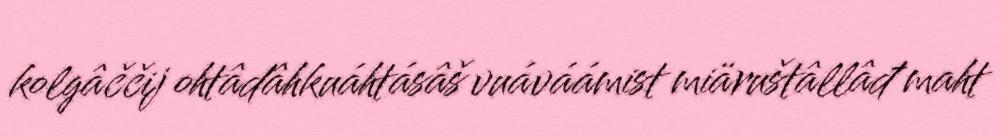
kolgâččij ohtâdâhkuáhtásâš vuáváámist miäruštâllâđ maht